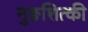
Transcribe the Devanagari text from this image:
नुङशित्की